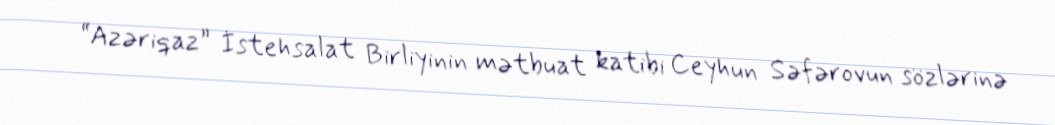
“Azəriqaz” İstehsalat Birliyinin mətbuat katibi Ceyhun Səfərovun sözlərinə